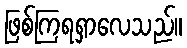
ဖြစ်ကြရရှာလေသည်။